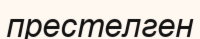
престелген